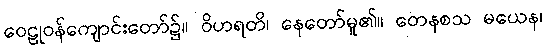
ဝေဠုဝန်ကျောင်းတော်၌။ ဝိဟရတိ၊ နေတော်မူ၏။ တေနစသ မယေန၊